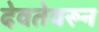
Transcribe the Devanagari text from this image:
देवतेवरून